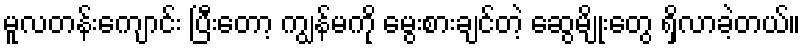
မူလတန်းကျောင်း ပြီးတော့ ကျွန်မကို မွေးစားချင်တဲ့ ဆွေမျိုးတွေ ရှိလာခဲ့တယ်။